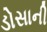
ડોસાની